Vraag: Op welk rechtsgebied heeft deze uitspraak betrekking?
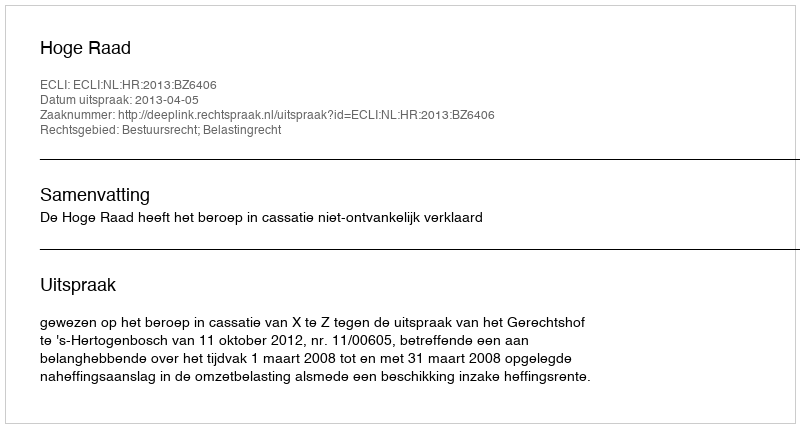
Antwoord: Bestuursrecht; Belastingrecht